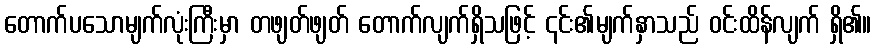
တောက်ပသောမျက်လုံးကြီးမှာ တဖျတ်ဖျတ် တောက်လျက်ရှိသဖြင့် ၎င်း၏မျက်နှာသည် ဝင်းထိန်လျက် ရှိ၏။